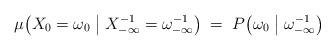
LaTeX: \begin{align*}\mu\bigl(X_{0}=\omega_{0} \bigm| X_{-\infty}^{-1}=\omega_{-\infty}^{-1}\bigr)\;=\;P\bigl(\omega_{0} \bigm| \omega_{-\infty}^{-1}\bigr)\end{align*}